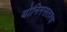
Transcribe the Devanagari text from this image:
योनिमसतश्च